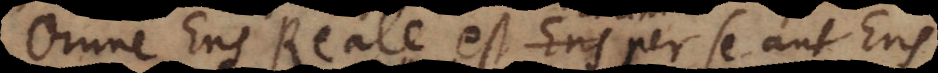
Omne Ens Reale est Ens per se aut Ens